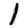
Digit: 1